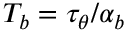
T _ { b } = \tau _ { \theta } / \alpha _ { b }